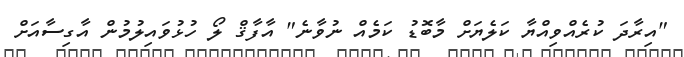
"އިރާދަ ކުރެއްވިއްޔާ ކަލެޔަށް މާބޮޑު ކަމެއް ނުވާނެ" އާފާޤް ލޯ ހުޅުވައިލުމުން އާގިސާއަށް